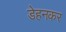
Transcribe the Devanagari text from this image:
डेहनकर